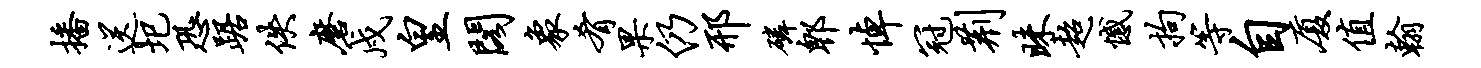
播送圯恐踞佚磨戍皇阁象肴果仍邢磷郫悼冠荆昧超憾拘等自厦值翰